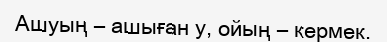
Ашуың – ашыған у, ойың – кермек.